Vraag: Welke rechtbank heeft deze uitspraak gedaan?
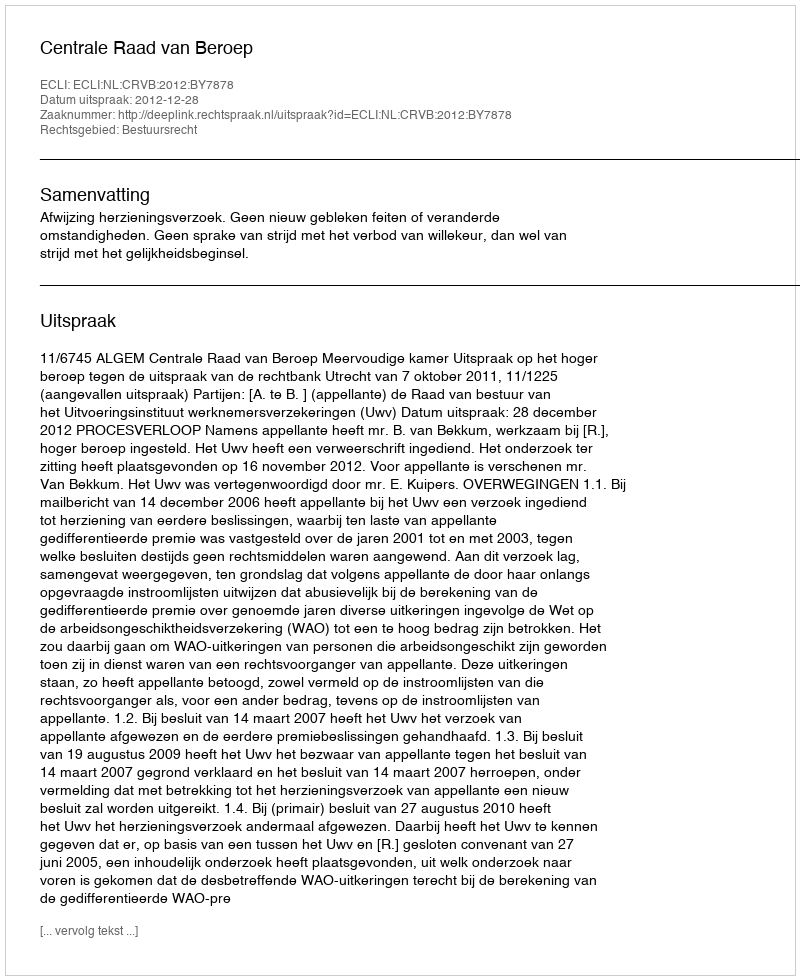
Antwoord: Centrale Raad van Beroep